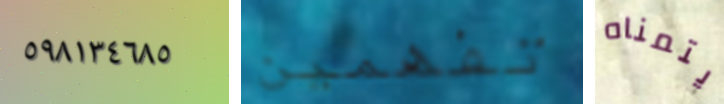
٥٩٨١٣٤٦٨٥ تفهمين يتمناه